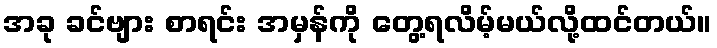
အခု ခင်ဗျား စာရင်း အမှန်ကို တွေ့ရလိမ့်မယ်လို့ထင်တယ်။